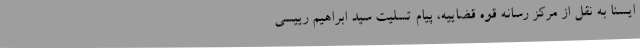
ایسنا به نقل از مرکز رسانه قوه قضاییه، پیام تسلیت سید ابراهیم رییسی